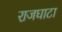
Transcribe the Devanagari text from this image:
राजघाटा